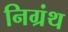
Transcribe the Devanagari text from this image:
निग्रंथ